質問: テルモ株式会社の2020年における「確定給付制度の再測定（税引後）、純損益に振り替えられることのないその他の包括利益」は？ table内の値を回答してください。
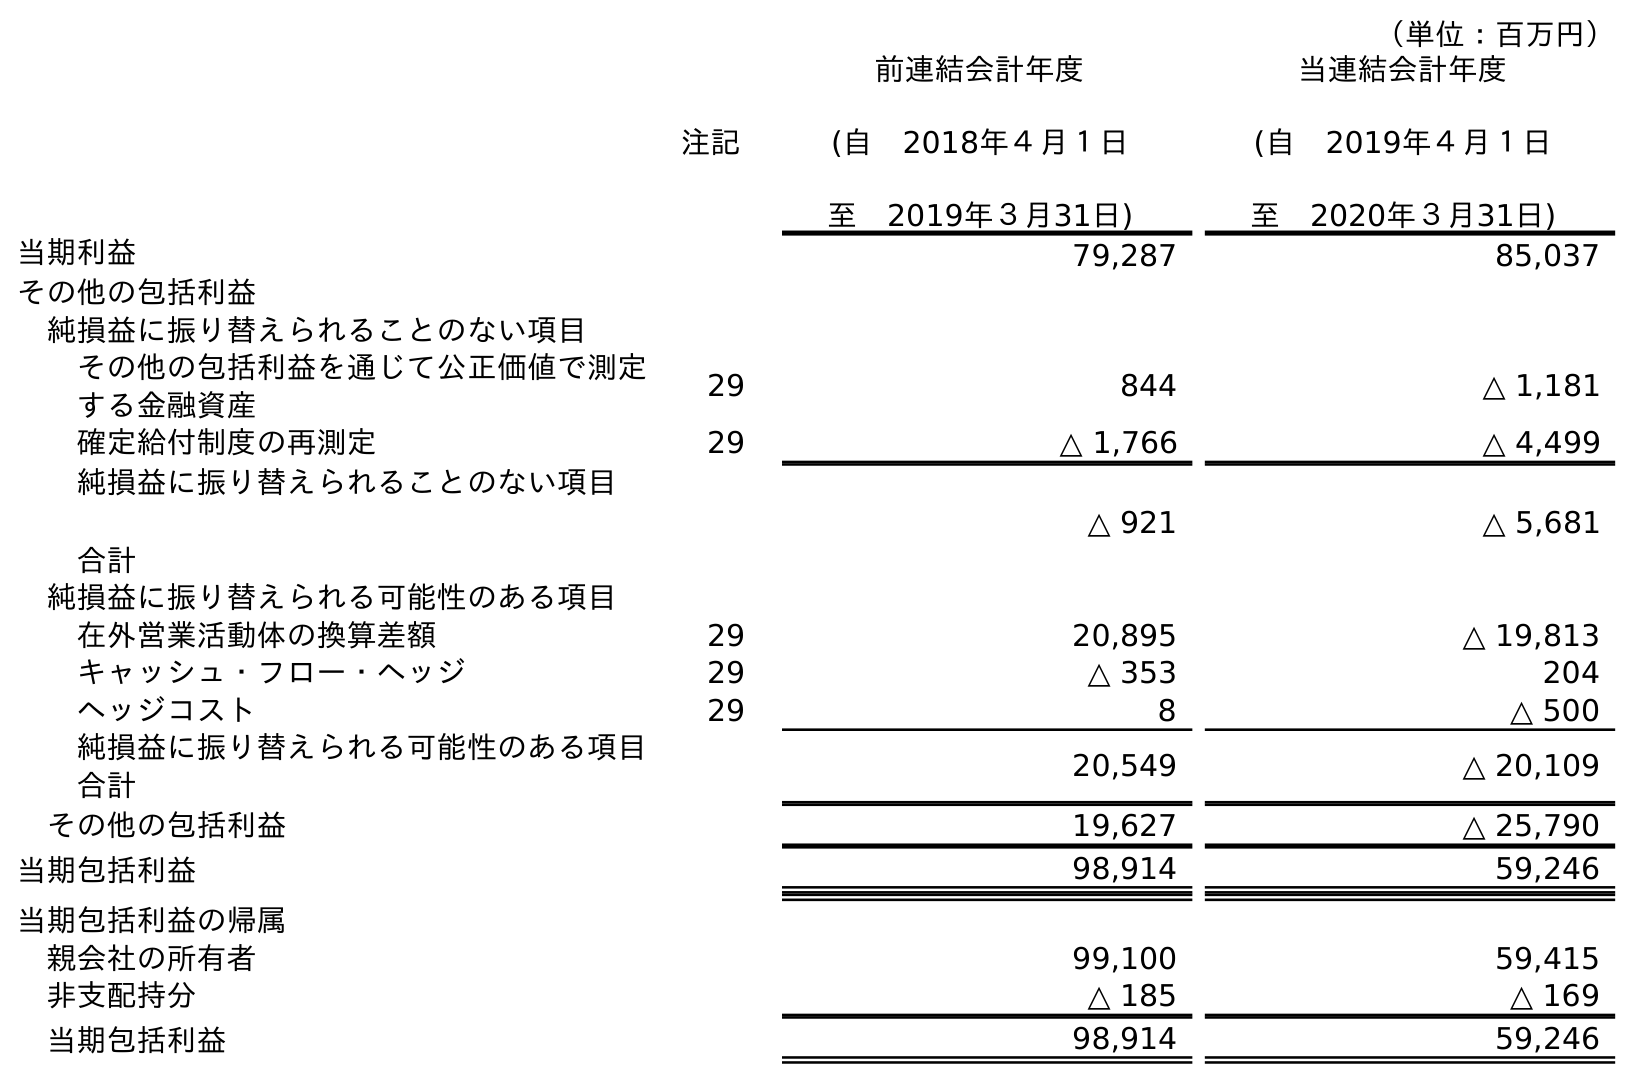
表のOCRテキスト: （単位：百万円） 注記 前連結会計年度 (自 2018年４月１日 至 2019年３月31日) 当連結会計年度 (自 2019年４月１日 至 2020年３月31日) 当期利益 79,287 85,037 その他の包括利益 純損益に振り替えられることのない項目 その他の包括利益を通じて公正価値で測定 する金融資産 29 844 △ 1,181 確定給付制度の再測定 29 △ 1,766 △ 4,499 純損益に振り替えられることのない項目 合計 △ 921 △ 5,681 純損益に振り替えられる可能性のある項目 在外営業活動体の換算差額 29 20,895 △ 19,813 キャッシュ・フロー・ヘッジ 29 △ 353 204 ヘッジコスト 29 8 △ 500 純損益に振り替えられる可能性のある項目 合計 20,549 △ 20,109 その他の包括利益 19,627 △ 25,790 当期包括利益 98,914 59,246 当期包括利益の帰属 親会社の所有者 99,100 59,415 非支配持分 △ 185 △ 169 当期包括利益 98,914 59,246
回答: △4,499